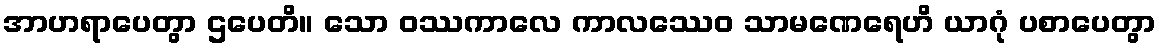
အာဟရာပေတွာ ဌပေတိ။ သော ဝဿကာလေ ကာလဿေဝ သာမဏေရေဟိ ယာဂုံ ပစာပေတွာ